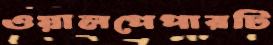
ওয়ালপেপারটি